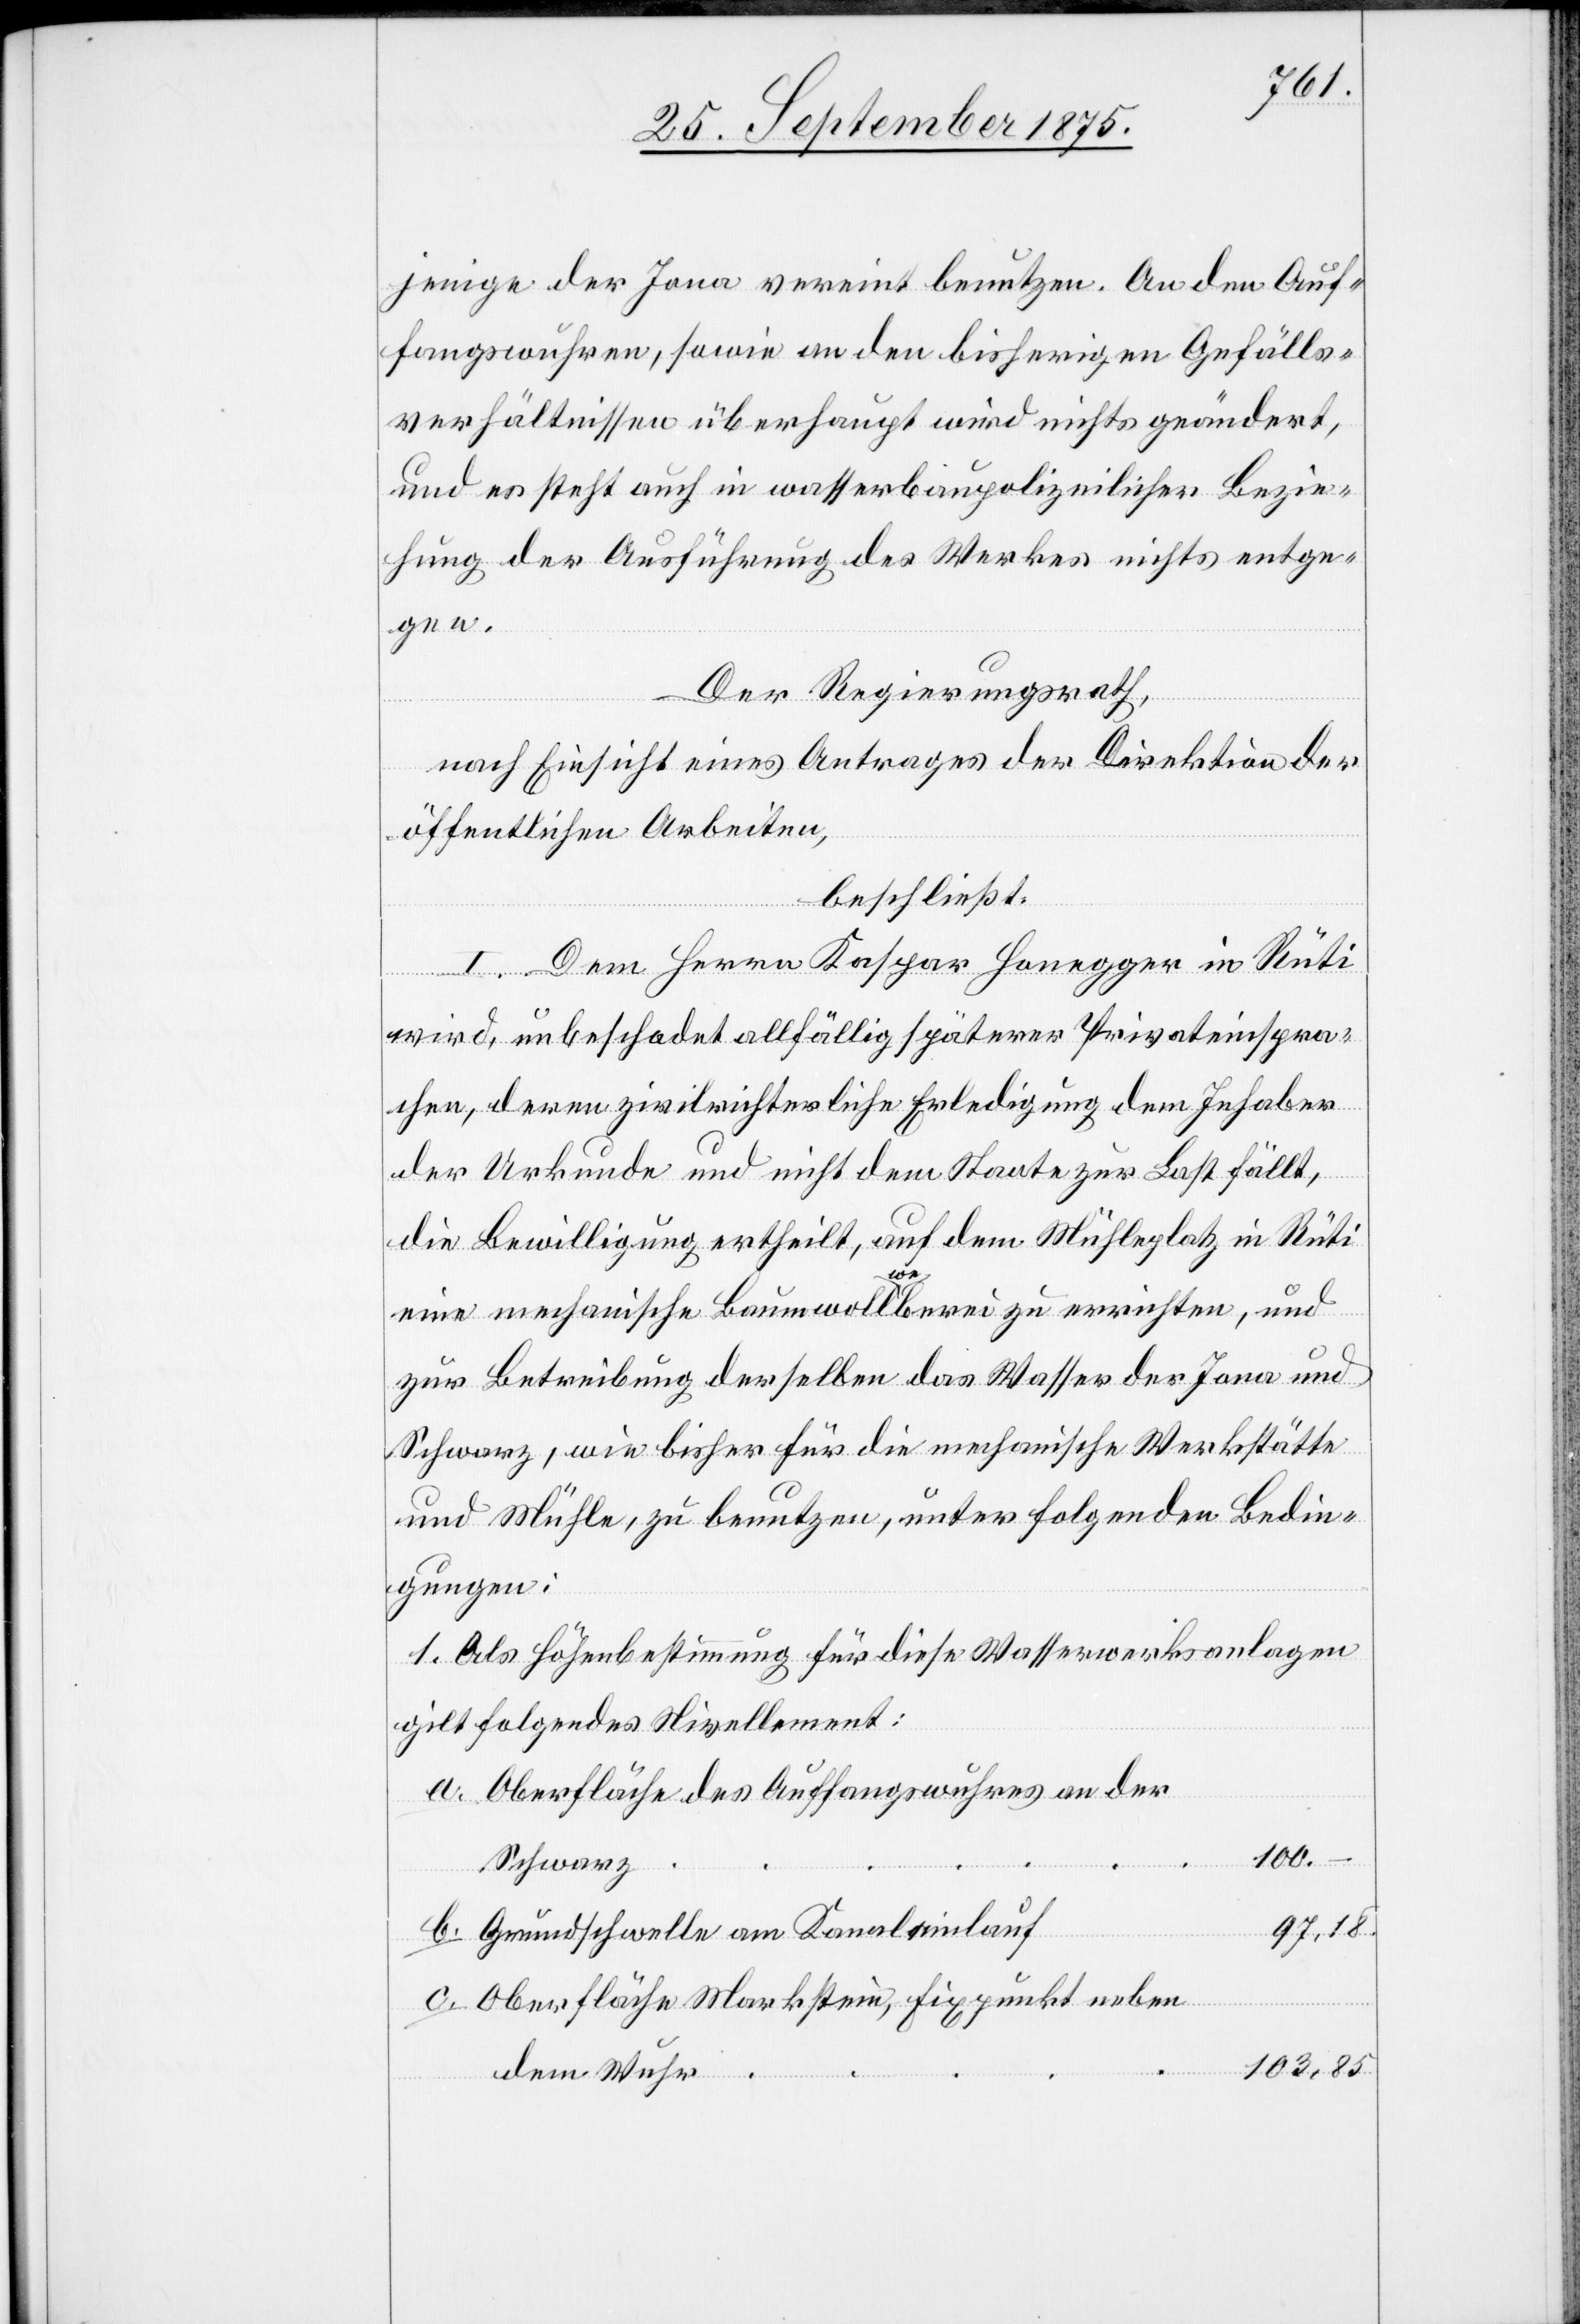
97,18.
jenige der Jona vereint benutzen. An den Auf¬
fangswuhren, sowie an den bisherigen Gefälls¬
verhältnissen überhaupt wird nichts geändert,
und es steht auch in wasserbaupolizeilicher Bezie¬
hung der Ausführung des Werkes nichts entge¬
gen.
Der Regierungsrath,
nach Einsicht eines Antrages der Direktion der
öffentlichen Arbeiten,
beschließt:
I. Dem Herrn Kaspar Honegger in Rüti
wird, unbeschadet allfällig späterer Privateinspra¬
chen, deren zivilrichterliche Erledigung dem Inhaber
der Urkunde und nicht dem Staate zur Last fällt,
die Bewilligung ertheilt, auf dem Mühleplatz in Rüti
c.
eine mechanische Baumwollweberei zu errichten, und
zur Betreibung derselben das Wasser der Jona und
Schwarz, wie bisher für die mechanische Werkstätte
und Mühle, zu benutzen, unter folgenden Bedin¬
gungen:
1. Als Höhenbestimmung für diese Wasserwerksanlagen
gilt folgendes Nivellement:
Oberfläche des Auffangswuhres an der
100.
Schwarz
Grundschwelle am Kanaleinlauf
Oberfläche Markstein, Fixpunkt neben
103,85
dem Wuhr